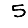
Digit: 5